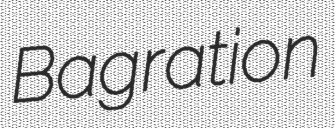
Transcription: Bagration